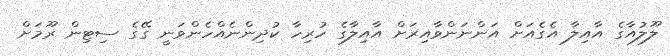
ލޫލުއާގެ އާއިލާ އެގެއަށް އަންނަންވާއިރަށް އާއިލާގެ ހުރިހާ ކުދިންނެއްހެންވަނީ ގޭގެ ސިޓިން ރޫމަށް